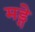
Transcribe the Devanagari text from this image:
मड्गे